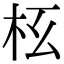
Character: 𣏳